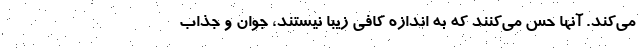
می‌کند. آنها حس می‌کنند که به اندازه کافی زیبا نیستند، جوان و جذاب